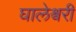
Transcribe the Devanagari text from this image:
घालेश्वरी